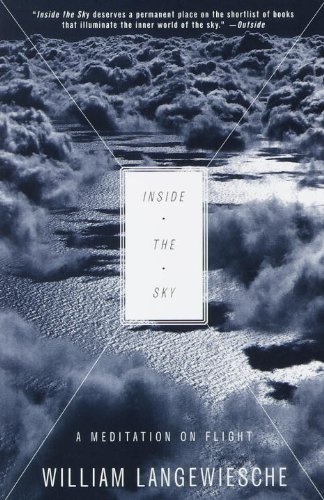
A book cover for Inside the Sky: A Meditation on Flight; William Langewiesche; Travel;